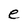
Character: e